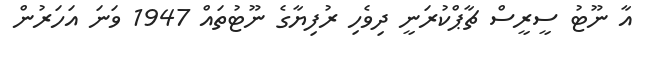
އާ ނޫޓު ސީރީސް ޗާޕްކުރަނީ ދިވެހި ރުފިޔާގެ ނޫޓުތައް 1947 ވަނަ އަހަރުން